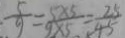
\frac { 5 } { 9 } = \frac { 5 \times 5 } { 9 \times 5 } = \frac { 2 5 } { 4 5 }